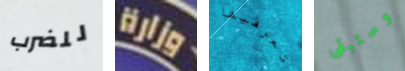
للضرب وزارة تعرفيها وستبقى